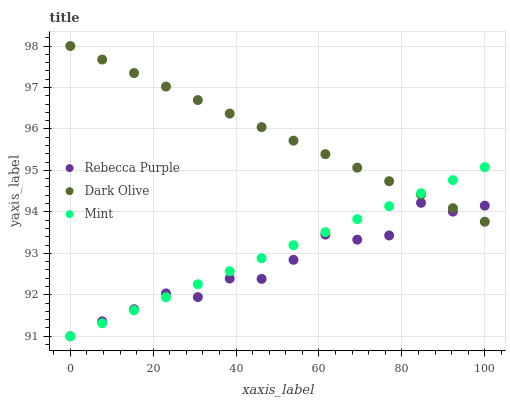
| xaxis_label | Rebecca Purple | Dark Olive | Mint |
 | --- | --- | --- | --- |
 | 0 | 91 | 98 | 91 |
 | 7.69 | 91.4 | 97.7 | 91.3 |
 | 15.4 | 91.7 | 97.3 | 91.6 |
 | 23.1 | 92 | 97 | 91.9 |
 | 30.8 | 91.9 | 96.7 | 92.3 |
 | 38.5 | 92.4 | 96.4 | 92.6 |
 | 46.2 | 92.4 | 96 | 92.9 |
 | 53.8 | 92.8 | 95.7 | 93.2 |
 | 61.5 | 93.5 | 95.4 | 93.5 |
 | 69.2 | 93.3 | 95.1 | 93.8 |
 | 76.9 | 93.4 | 94.7 | 94.1 |
 | 84.6 | 94.2 | 94.4 | 94.5 |
 | 92.3 | 94 | 94.1 | 94.8 |
 | 100 | 94.2 | 93.8 | 95.1 |